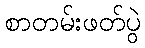
စာတမ်းဖတ်ပွဲ